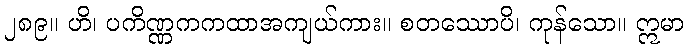
၂၈၉။ ဟိ၊ ပကိဏ္ဏကကထာအကျယ်ကား။ စတဿောပိ၊ ကုန်သော။ ဣမာ